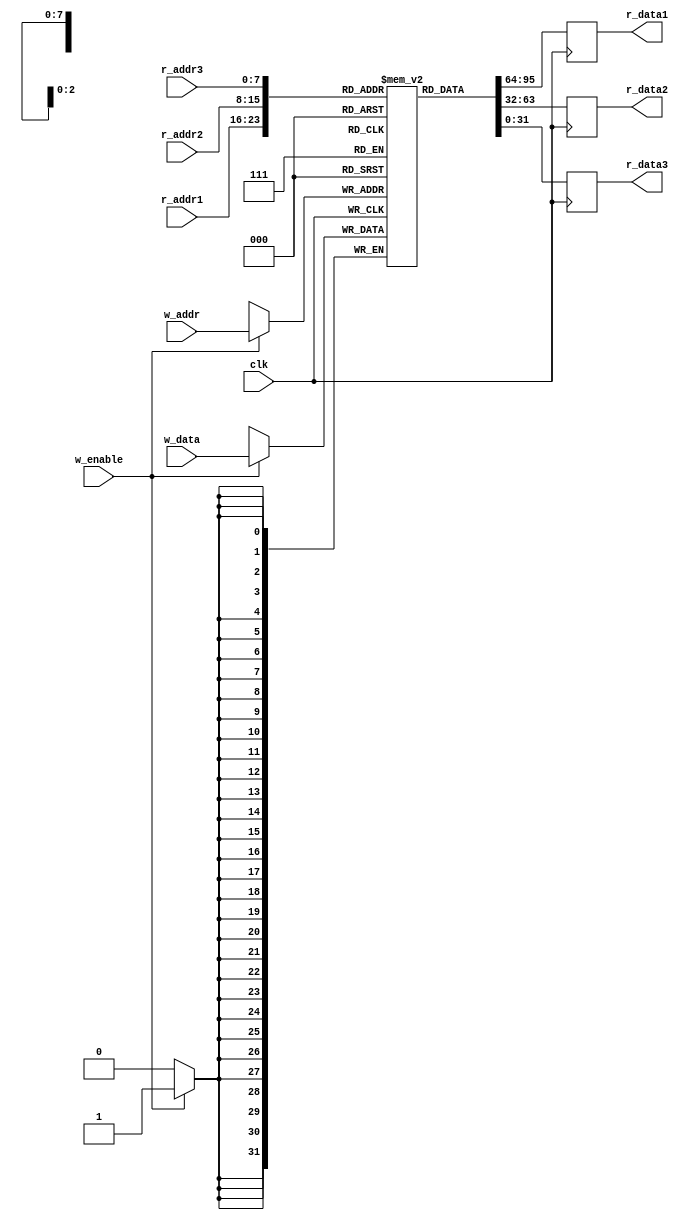
module TriplePortRegisterFile (
  input wire clk,
  input wire [7:0] r_addr1,
  input wire [7:0] r_addr2,
  input wire [7:0] r_addr3,
  output reg [31:0] r_data1,
  output reg [31:0] r_data2,
  output reg [31:0] r_data3,
  input wire [31:0] w_data,
  input wire [7:0] w_addr,
  input wire w_enable
);

reg [31:0] mem [255:0];

always @ (posedge clk) begin
  if (w_enable) begin
    mem[w_addr] <= w_data;
  end

  r_data1 <= mem[r_addr1];
  r_data2 <= mem[r_addr2];
  r_data3 <= mem[r_addr3];
end

endmodule